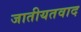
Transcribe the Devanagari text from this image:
जातीयतवाद